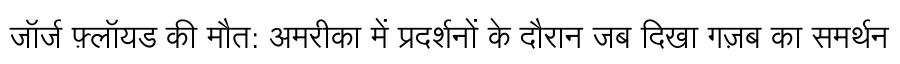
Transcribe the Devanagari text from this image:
जॉर्ज फ़्लॉयड की मौत: अमरीका में प्रदर्शनों के दौरान जब दिखा गज़ब का समर्थन